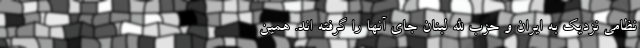
نظامی نزدیک به ایران و حزب الله لبنان جای آنها را گرفته اند. همین